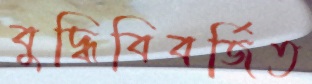
বুদ্ধিবিবর্জিত